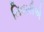
તિવારીએ